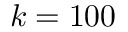
k = 1 0 0